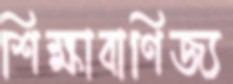
শিক্ষাবাণিজ্য